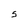
Character: S